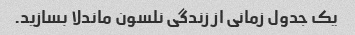
یک جدول زمانی از زندگی نلسون ماندلا بسازید.